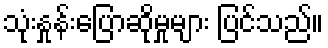
သုံးနှုန်းပြောဆိုမှုများ ပြင်သည်။